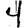
Digit: 4